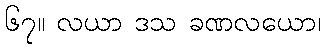
၆၇။ လယာ ဒသ ခဏလယော၊